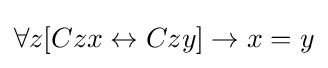
\forall z[Czx\leftrightarrow Czy]\rightarrow x=y